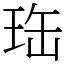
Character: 珤